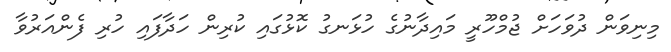
މިނިވަން ދުވަހަށް ޖުމްހޫރީ މައިދާނުގެ ހުޅަނގު ކޮޅުގައި ކުރިން ހަދާފައި ހުރި ފެންއަރުވާ